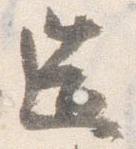
造